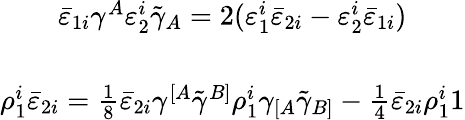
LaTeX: \begin{array}{c}{{\bar{\varepsilon}_{1i}\gamma^{A}\varepsilon_{2}^{i}\tilde{\gamma}_{A}=2(\varepsilon_{1}^{i}\bar{\varepsilon}_{2i}-\varepsilon_{2}^{i}\bar{\varepsilon}_{1i})}}\\ {{{}}}\\ {{\rho_{1}^{i}\bar{\varepsilon}_{2i}=\textstyle{\frac{1}{8}}\bar{\varepsilon}_{2i}\gamma^{[A}\tilde{\gamma}^{B]}\rho_{1}^{i}\gamma_{[A}\tilde{\gamma}_{B]}-\textstyle{\frac{1}{4}}\bar{\varepsilon}_{2i}\rho_{1}^{i}1}}\end{array}